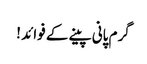
گرم پانی پینے کے فوائد !